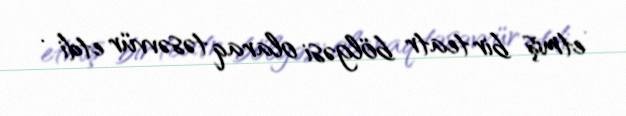
etmiş bir teatr bölgəsi olaraq təsəvvür etdi .